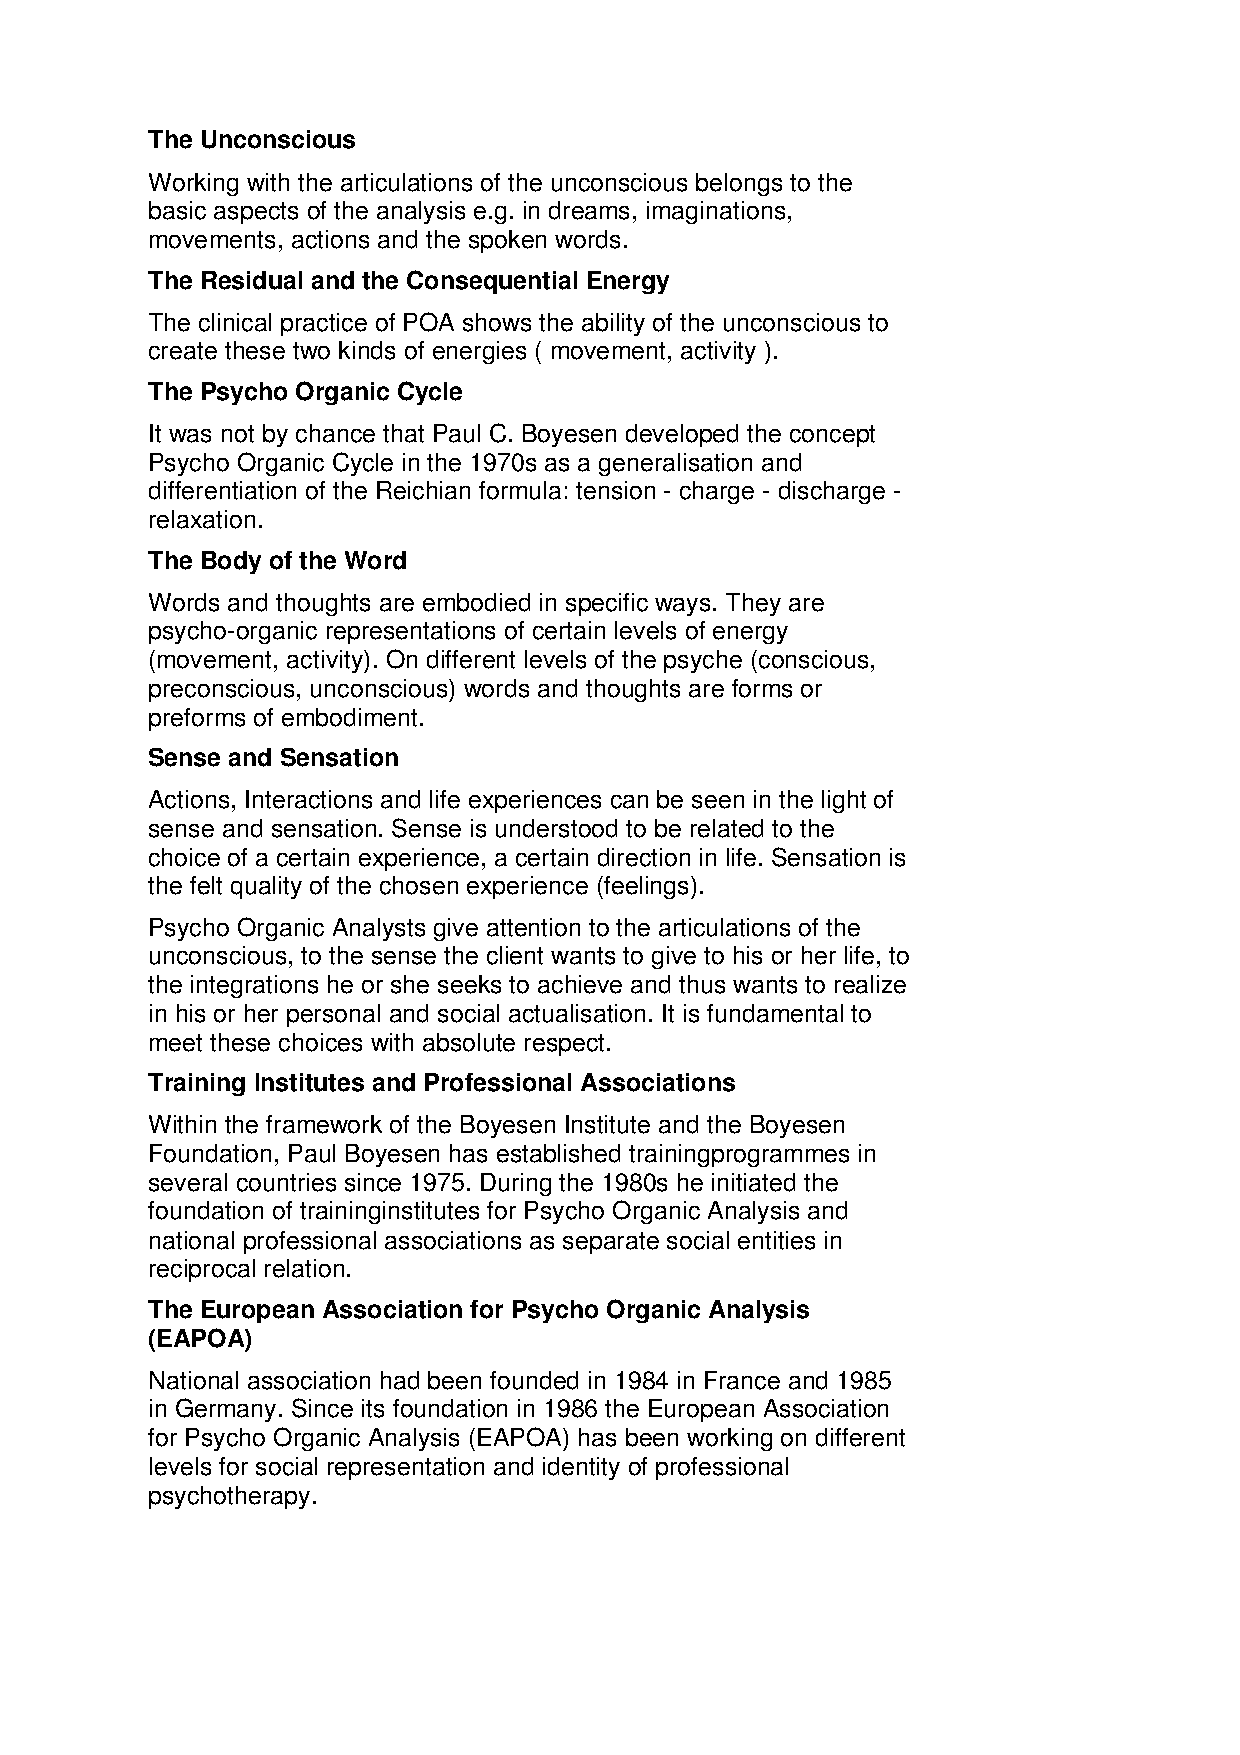
The Unconscious
 Working with the articulations of the unconscious belongs to the
 basic aspects of the analysis e.g. in dreams, imaginations,
 movements, actions and the spoken words.
 The Residual and the Consequential Energy
 The clinical practice of POA shows the ability of the unconscious to
 create these two kinds of energies ( movement, activity ).
 The Psycho Organic Cycle
 It was not by chance that Paul C. Boyesen developed the concept
 Psycho Organic Cycle in the 1970s as a generalisation and
 differentiation of the Reichian formula: tension - charge - discharge -
 relaxation.
 The Body of the Word
 Words and thoughts are embodied in specific ways. They are
 psycho-organic representations of certain levels of energy
 (movement, activity). On different levels of the psyche (conscious,
 preconscious, unconscious) words and thoughts are forms or
 preforms of embodiment.
 Sense and Sensation
 Actions, Interactions and life experiences can be seen in the light of
 sense and sensation. Sense is understood to be related to the
 choice of a certain experience, a certain direction in life. Sensation is
 the felt quality of the chosen experience (feelings).
 Psycho Organic Analysts give attention to the articulations of the
 unconscious, to the sense the client wants to give to his or her life, to
 the integrations he or she seeks to achieve and thus wants to realize
 in his or her personal and social actualisation. It is fundamental to
 meet these choices with absolute respect.
 Training Institutes and Professional Associations
 Within the framework of the Boyesen Institute and the Boyesen
 Foundation, Paul Boyesen has established trainingprogrammes in
 several countries since 1975. During the 1980s he initiated the
 foundation of traininginstitutes for Psycho Organic Analysis and
 national professional associations as separate social entities in
 reciprocal relation.
 The European Association for Psycho Organic Analysis
 (EAPOA)
 National association had been founded in 1984 in France and 1985
 in Germany. Since its foundation in 1986 the European Association
 for Psycho Organic Analysis (EAPOA) has been working on different
 levels for social representation and identity of professional
 psychotherapy.